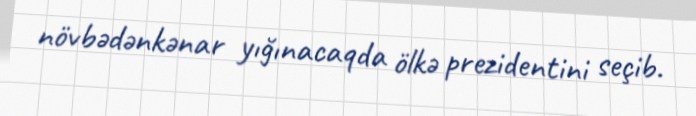
növbədənkənar yığınacaqda ölkə prezidentini seçib.